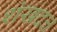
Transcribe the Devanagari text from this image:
शंखदत्त